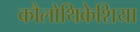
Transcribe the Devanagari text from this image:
कौलोथिकेशिया